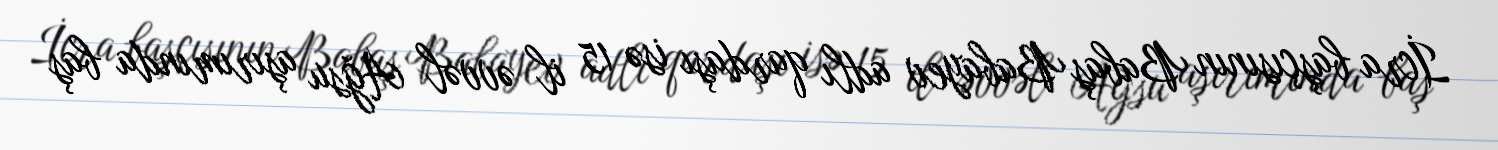
İcra başçısının Babaş Babayev adlı qardaşı isə 15 il əvvəl Ağsu aşırımında baş